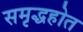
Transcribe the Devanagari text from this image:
समृद्धहोत